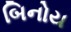
બિનોય